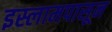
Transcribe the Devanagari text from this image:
इस्लामपासून